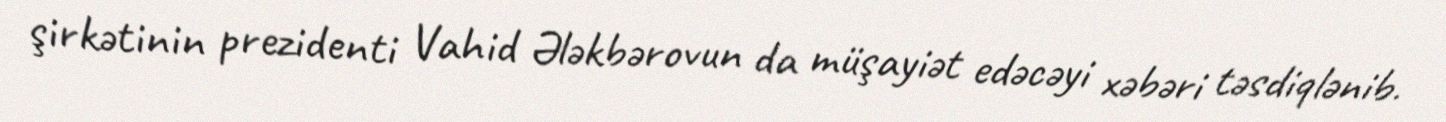
şirkətinin prezidenti Vahid Ələkbərovun da müşayiət edəcəyi xəbəri təsdiqlənib.